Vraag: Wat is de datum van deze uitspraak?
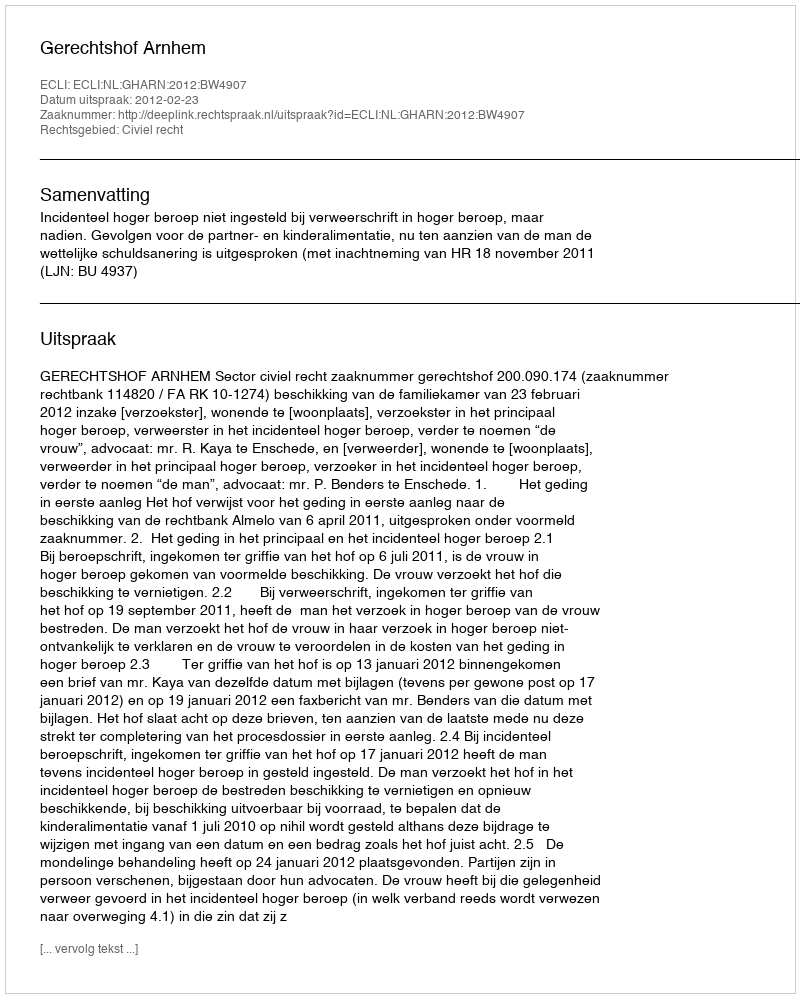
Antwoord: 2012-02-23